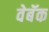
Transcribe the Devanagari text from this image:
वेबॅक